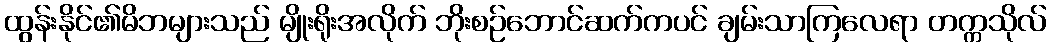
ထွန်းနိုင်၏မိဘများသည် မျိုးရိုးအလိုက် ဘိုးစဉ်ဘောင်ဆက်ကပင် ချမ်းသာကြလေရာ တက္ကသိုလ်